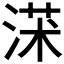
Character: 𣸃